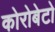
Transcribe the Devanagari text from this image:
कोरोबेटो